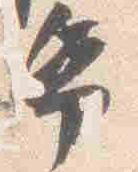
紙